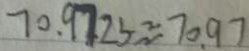
7 0 . 9 7 2 5 \approx 7 0 . 9 7